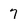
Character: 7